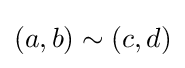
(a,b)\sim (c,d)